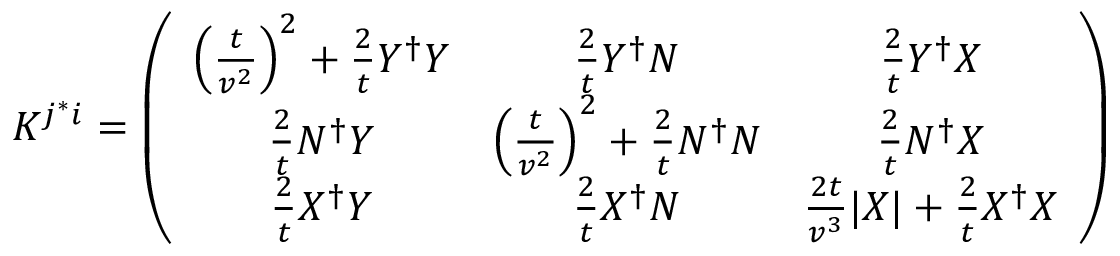
K ^ { j ^ { * } i } = \left( \begin{array} { c c c } { { \left( \frac { t } { v ^ { 2 } } \right) ^ { 2 } + \frac { 2 } { t } Y ^ { \dag } Y } } & { { \frac { 2 } { t } Y ^ { \dag } N } } & { { \frac { 2 } { t } Y ^ { \dag } X } } \\ { { \frac { 2 } { t } N ^ { \dag } Y } } & { { \left( \frac { t } { v ^ { 2 } } \right) ^ { 2 } + \frac { 2 } { t } N ^ { \dag } N } } & { { \frac { 2 } { t } N ^ { \dag } X } } \\ { { \frac { 2 } { t } X ^ { \dag } Y } } & { { \frac { 2 } { t } X ^ { \dag } N } } & { { \frac { 2 t } { v ^ { 3 } } | X | + \frac { 2 } { t } X ^ { \dag } X } } \end{array} \right)